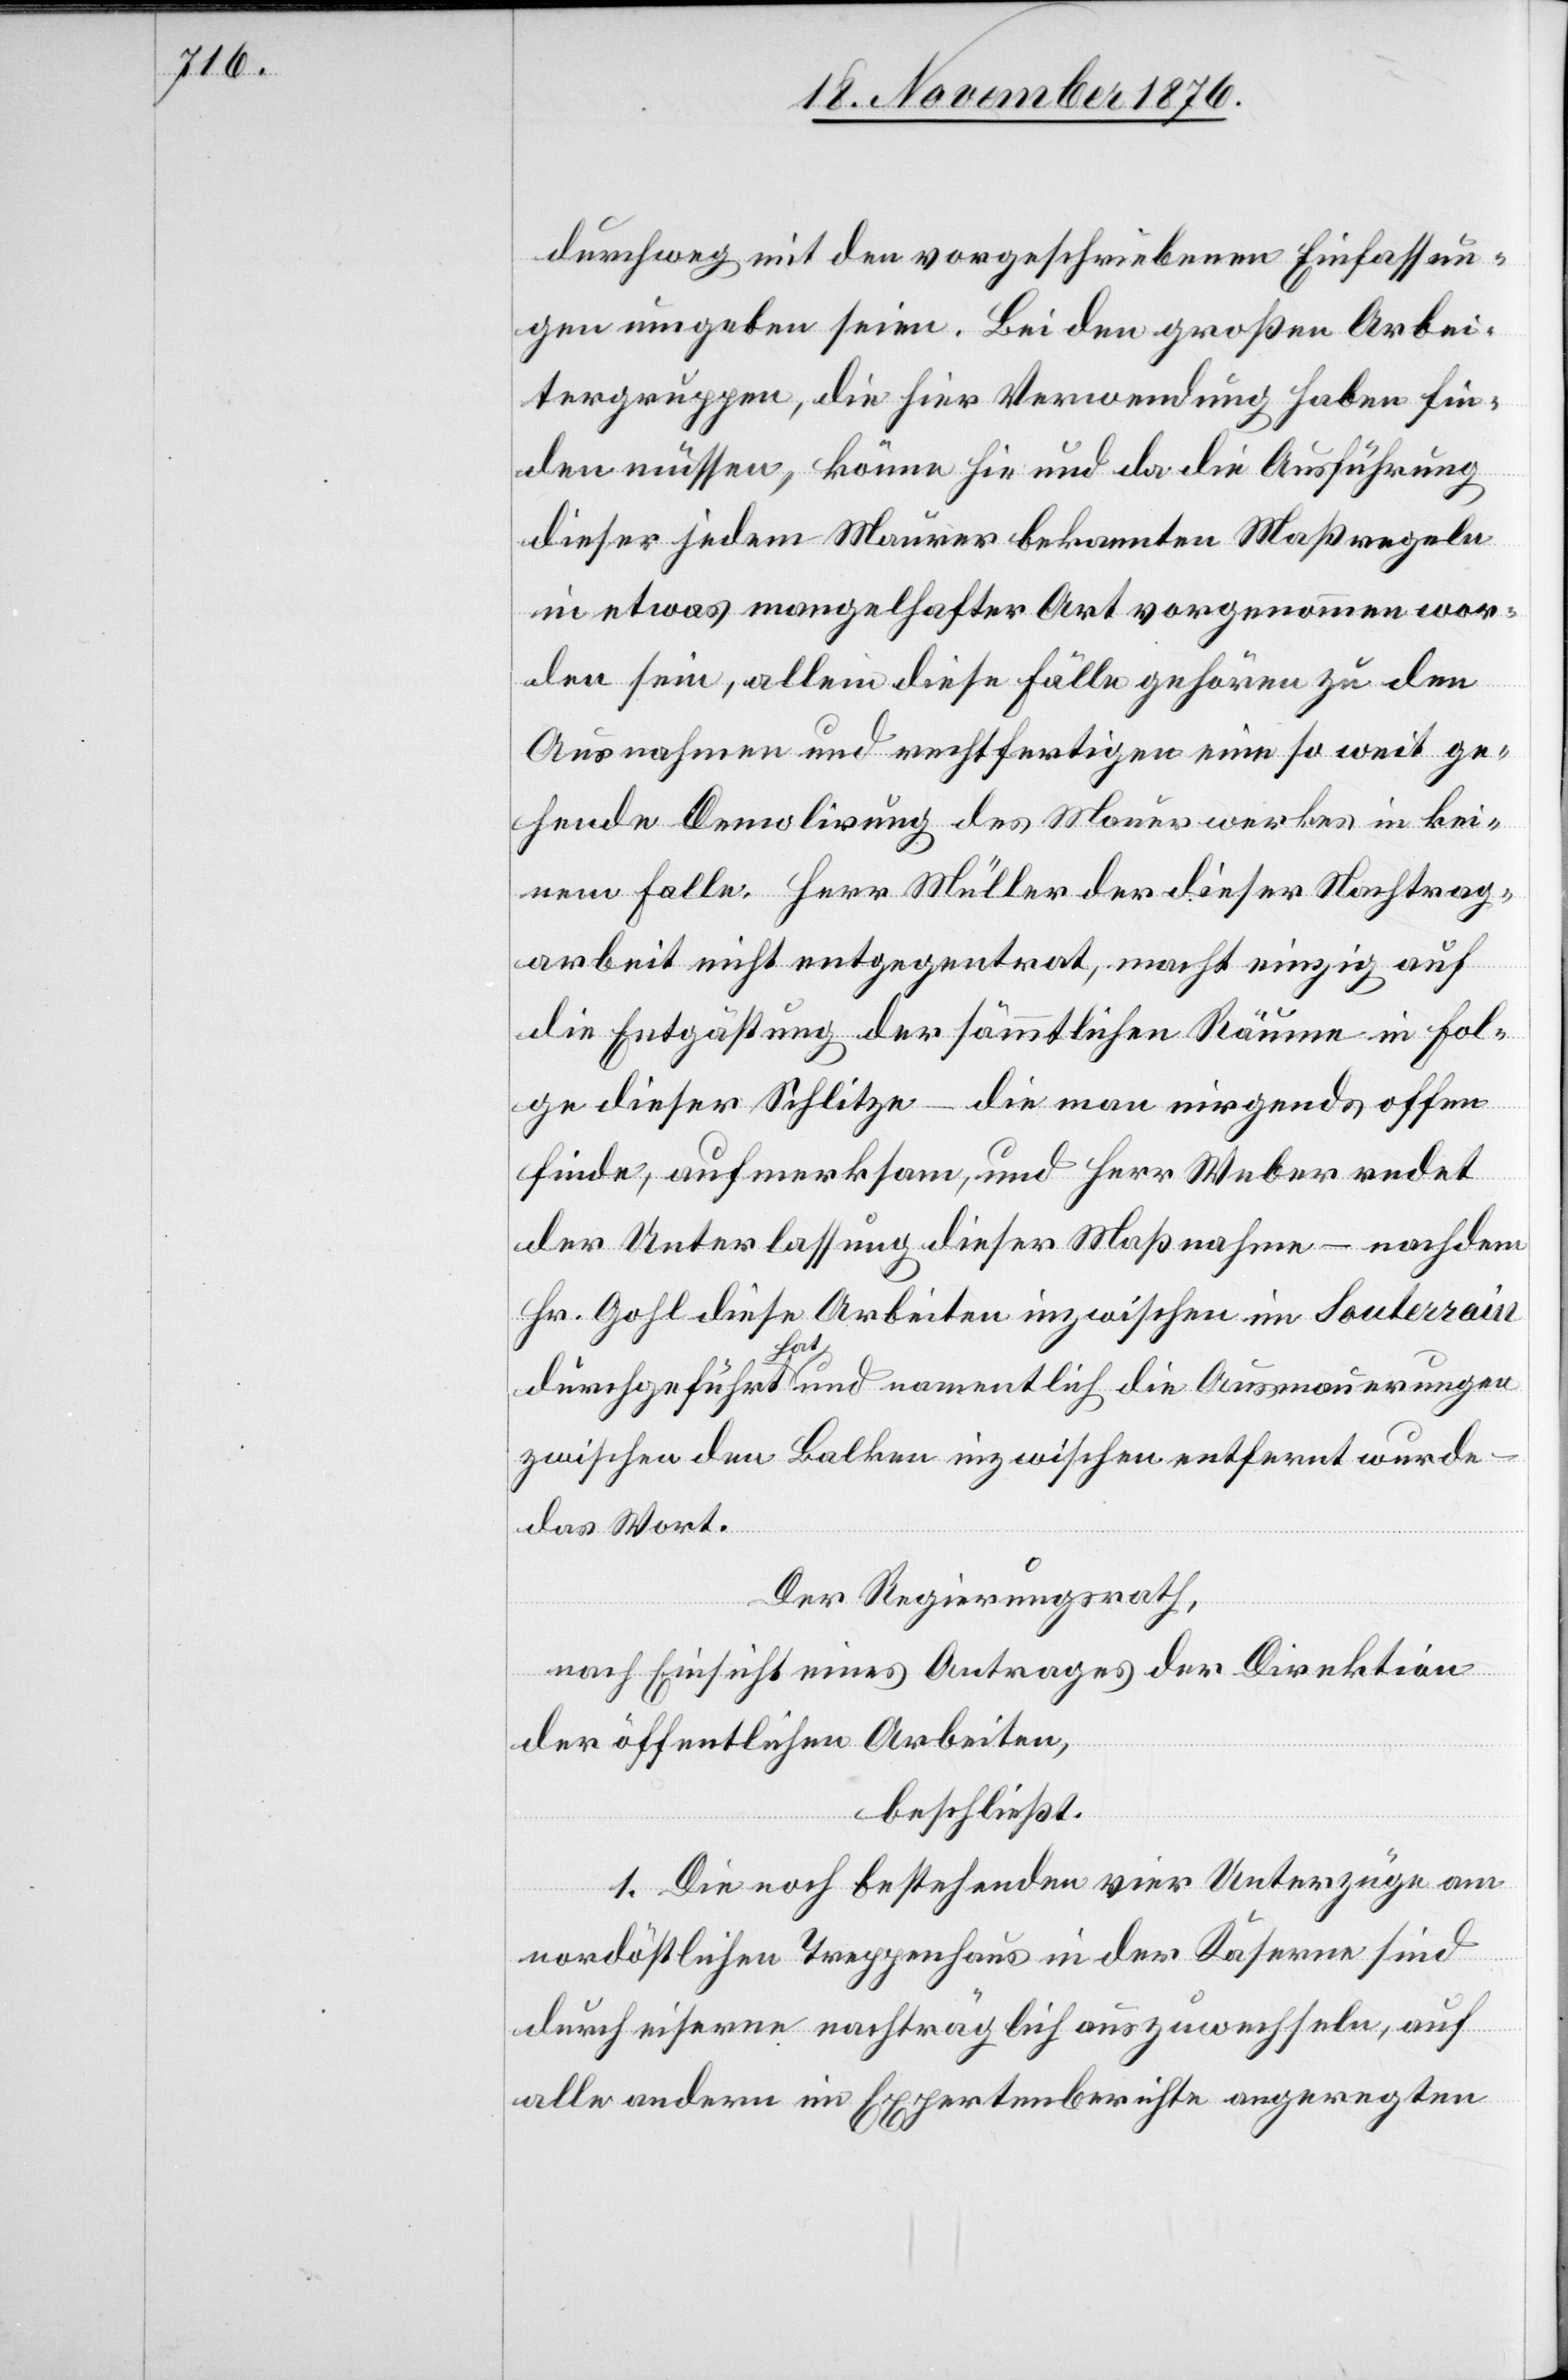
durchweg mit den vorgeschriebenen Einfassun¬
gen umgeben seien. Bei den großen Arbei¬
tergruppen, die hier Verwendung haben fin¬
den müssen, könne hie und da die Ausführung
dieser jedem Maurer bekannten Maßregel
in etwas mangelhafter Art vorgenommen wor¬
den sein, allein diese Fälle gehören zu den
Ausnahmen und rechtfertigen eine so weit ge¬
hende Demolirung des Mauerwerkes in kei¬
nem Falle. Herr Müller der dieser Nachtrag¬
arbeit nicht entgegentrat, macht einzig auf
die Entgästung der sämmtlichen Räume in Fol¬
ge dieser Schlitze – die man nirgends offen
finde, aufmerksam, und Herr Weber redet
der Unterlassung dieser Maßnahme – nachdem
Hr. Gohl diese Arbeiten inzwischen im Souterrain
durchgeführt hat und namentlich die Ausmauerungen
zwischen den Balken inzwischen entfernt wurde
das Wort.
Der Regierungsrath,
nach Einsicht eines Antrages der Direktion
der öffentlichen Arbeiten,
beschließt:
1. Die noch bestehenden vier Unterzüge am
nordöstlichen Treppenhaus in der Kaserne sind
durch eiserne nachträglich auszuwechseln, auf
alle andern im Expertenberichte angeregten